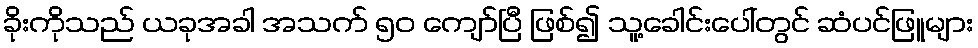
ခိုးကိုသည် ယခုအခါ အသက် ၅၀ ကျော်ပြီ ဖြစ်၍ သူ့ခေါင်းပေါ်တွင် ဆံပင်ဖြူများ